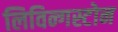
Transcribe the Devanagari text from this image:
लिविन्गस्टोन